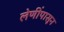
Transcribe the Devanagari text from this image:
लेणींपासून